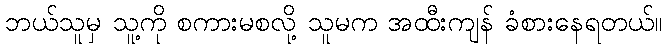
ဘယ်သူမှ သူ့ကို စကားမစလို့ သူမက အထီးကျန် ခံစားနေရတယ်။